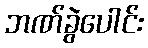
ဘဏ်ခွဲပေါင်း